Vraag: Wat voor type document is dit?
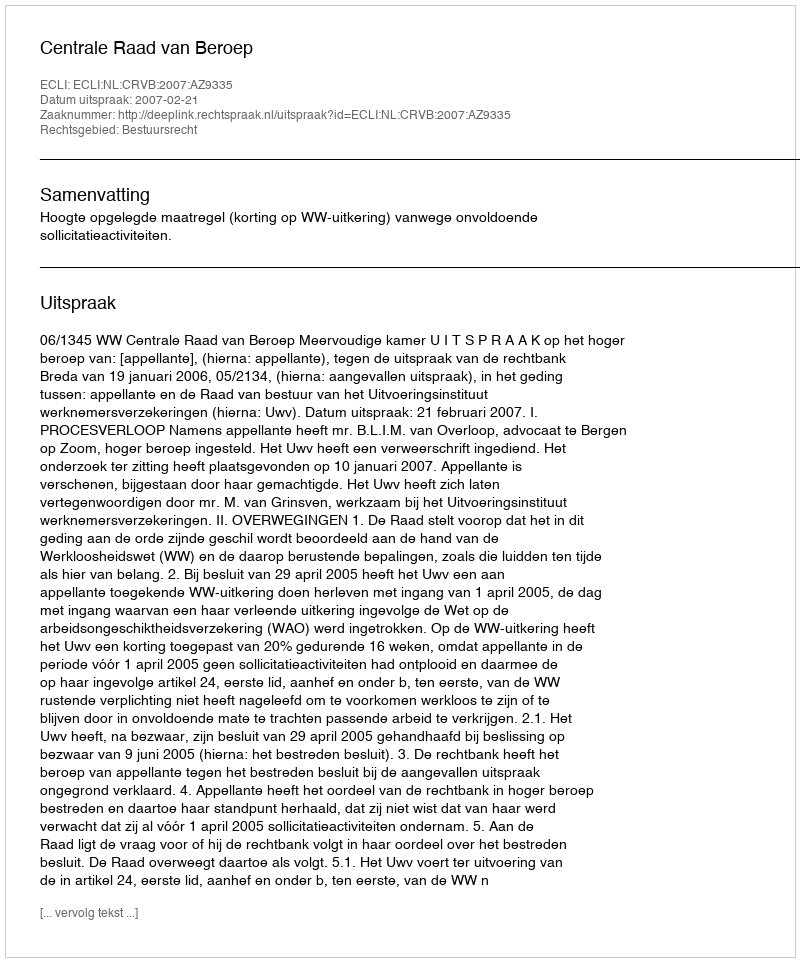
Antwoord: Uitspraak